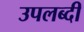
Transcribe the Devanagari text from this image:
उपलब्दी